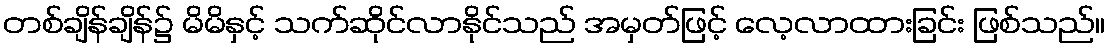
တစ်ချိန်ချိန်၌ မိမိနှင့် သက်ဆိုင်လာနိုင်သည် အမှတ်ဖြင့် လေ့လာထားခြင်း ဖြစ်သည်။